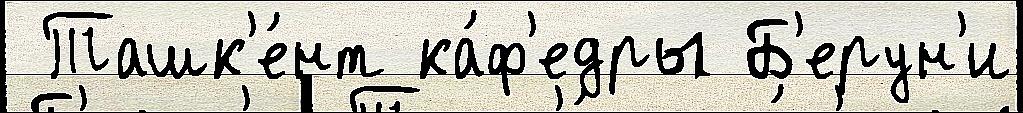
 Ташк'е́нт ка́ф'едры Б'ерун'и